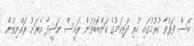
ބޭސް ފަރުވާ ކުރުމުގައި ހުރި ދަތިކަމުގެ ކަންބޮޑުވުން ރައީސް ނަޝީދާ އެރަށު ރައްޔިތުން